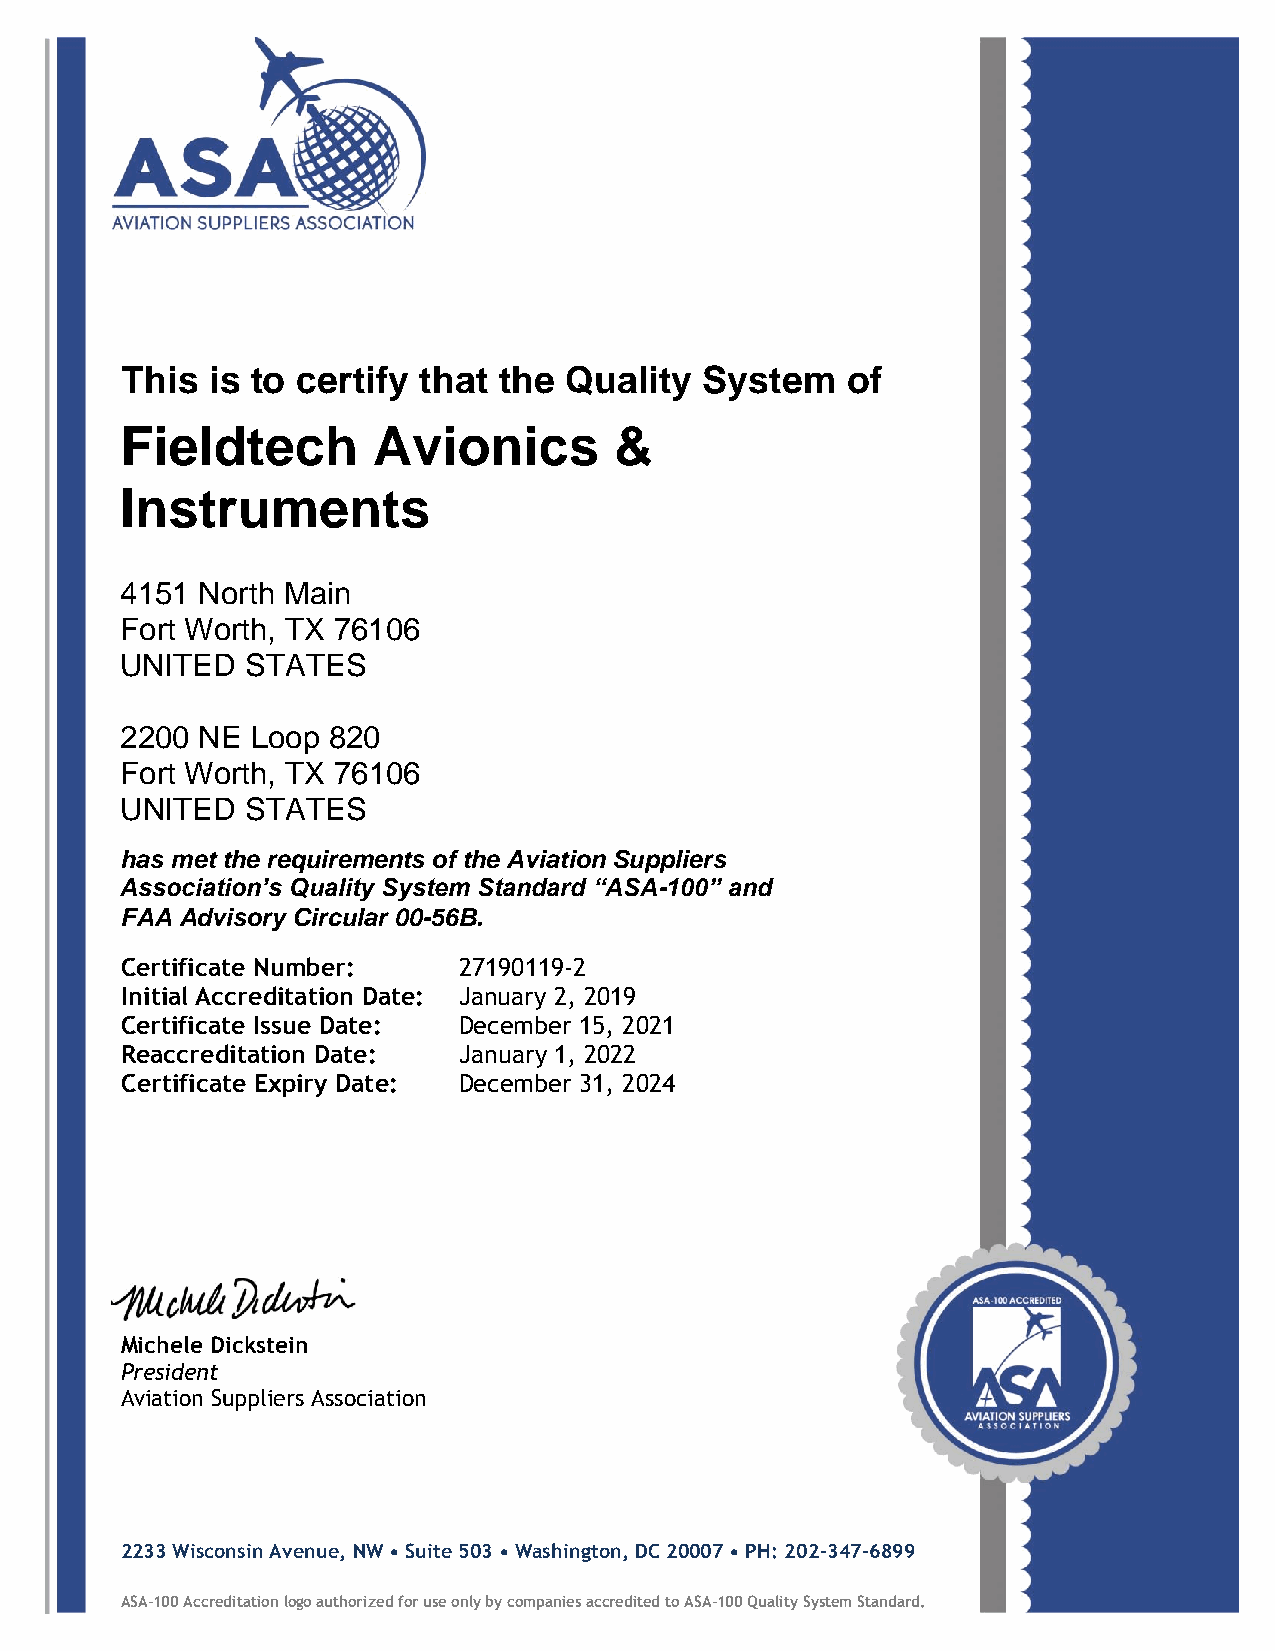
This  is to certify that the Quality   System   of
 Fieldtech        Avionics        &
 Instruments
 4151 North Main
 Fort Worth, TX 76106
 UNITED  STATES
 2200 NE  Loop 820
 Fort Worth, TX 76106
 UNITED  STATES
 has met the requirements of the Aviation Suppliers
 Association’s Quality System Standard “ASA-100” and
 FAA Advisory Circular 00-56B.
 Certificate Number:   27190119-2
 Initial Accreditation Date: January 2, 2019
 Certificate Issue Date: December 15, 2021
 Reaccreditation Date: January 1, 2022
 Certificate Expiry Date: December 31, 2024
 Michele Dickstein
 President
 Aviation Suppliers Association
 2233 Wisconsin Avenue, NW • Suite 503 • Washington, DC 20007 • PH: 202-347-6899
 ASA-100 Accreditation logo authorized for use only by companies accredited to ASA-100 Quality System Standard.